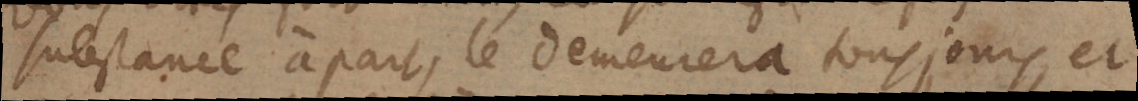
substance à part, le demeurera tousjours, et